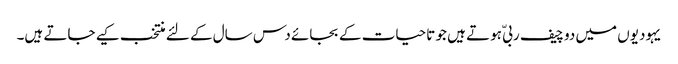
یہودیوں میں دو چیف ربیّ ہوتے ہیں جو تاحیات کے بجائے دس سال کے لئے منتخب کیے جاتے ہیں۔